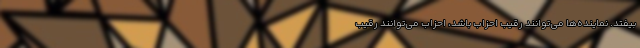
بیفتد. نماینده‌ها می‌توانند رقیب احزاب باشد، احزاب می‌توانند رقیب